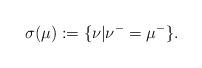
LaTeX: \begin{align*}\sigma(\mu) := \{\nu | \nu^{-} = \mu^{-}\}.\end{align*}